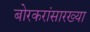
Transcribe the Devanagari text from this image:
बोरकरांसारख्या